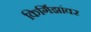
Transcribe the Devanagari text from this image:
किर्गिझांवर